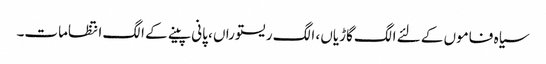
سیاہ فاموں کے لئے الگ گاڑیاں ، الگ ریستوراں ، پانی پینے کے الگ انتظامات۔